system: You are a helpful assistant.
user:
Analyze the provided spectrum to determine if it is a **S-type Star**.

- **Key Indicators for S-type Star:**

    - **(Overall Spectrum Shape):** The first and most obvious characteristic is the overall continuum (the "baseline" shape). It is **extremely "red-sloping,"** meaning the flux (light intensity) is very low on the left side (blue, ~4000-4500 Å) and rises steeply and continuously toward the right side (red, ~7000 Å+).

    - **(Primary):** The spectrum is defined by the presence of strong, broad molecular absorption "valleys" (bands) from **Zirconium Oxide (ZrO)**. The identification of these bands is the **primary requirement** for classifying a star as S-type.
        - **(Key Bandheads):** You must find distinct, deep "dips" where the light has been absorbed. The most critical band systems to locate are:
            - **~6474 Å** ($\gamma$-system): This is often the strongest and clearest ZrO feature, found in the red part of the spectrum.
            - **~5718 Å** & **~5551 Å** ($\beta$-system): A pair of prominent absorption features in the yellow-orange part of the spectrum.
            - **~4640 Å** ($\alpha$-system): A key absorption band system in the blue-green region of the spectrum.

    - **(Secondary Confirmation):** The classification is strengthened by finding additional absorption bands from other related heavy element oxides, which are expected to be present alongside ZrO.
        - **(Key Bandheads):**
            - **Yttrium Oxide (YO):** Look for absorption dips near **~4800 Å** and **~6100 Å**.
            - **Lanthanum Oxide (LaO):** Additional absorption features, particularly in the red-orange part of the spectrum, are also characteristic.

    - **(Line Profile):** The combination of the steep red continuum and these numerous, deep molecular bands (ZrO, YO, etc.) gives the entire spectrum a very **"chopped-up"** or **"bumpy"** appearance. Instead of a smooth curve, the spectrum looks as though large, wide chunks of light have been "carved out" of it at the specific wavelengths listed above.

Think first, call **spectral_visualization_tool** if needed to examine features in detail, then provide your final answer. Your response must adhere to the following strict rules:
1.  **Overall Structure:** Your response must follow the format `<think>...</think> <tool_call>...</tool_call> (if a tool is used) <answer>...</answer>`.
2.  **Tool Usage Constraint:** You may only make **one** tool call per turn.
3.  **Final Answer Format:** In the `<answer>` tag, your conclusion must be inside a `\boxed{}` command (e.g., `\boxed{YES}` or `\boxed{NO}`), followed by your justification.

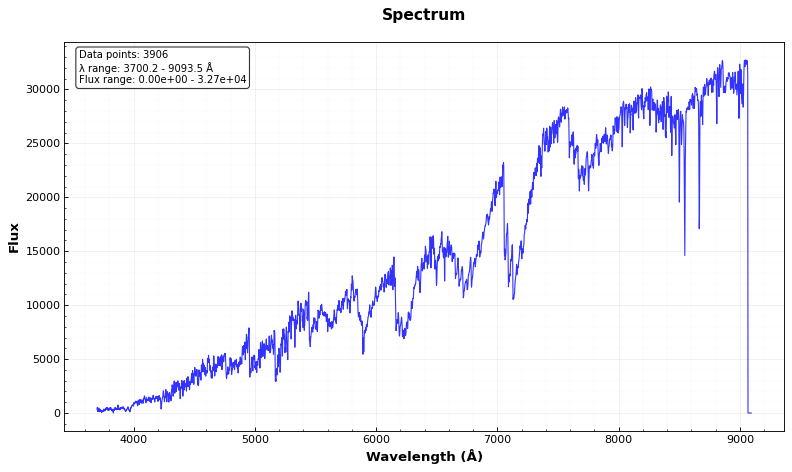
Answer: YES